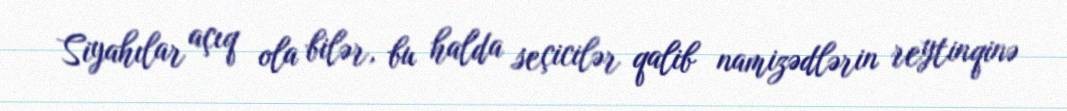
Siyahılar açıq ola bilər, bu halda seçicilər qalib namizədlərin reytinqinə